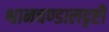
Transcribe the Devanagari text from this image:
श्वानचण्डालदृष्टौ